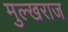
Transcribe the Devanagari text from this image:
मुल्खराज